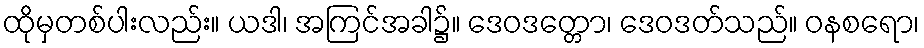
ထိုမှတစ်ပါးလည်း။ ယဒါ၊ အကြင်အခါ၌။ ဒေဝဒတ္တော၊ ဒေဝဒတ်သည်။ ဝနစရော၊